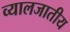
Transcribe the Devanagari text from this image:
व्यालजातीय